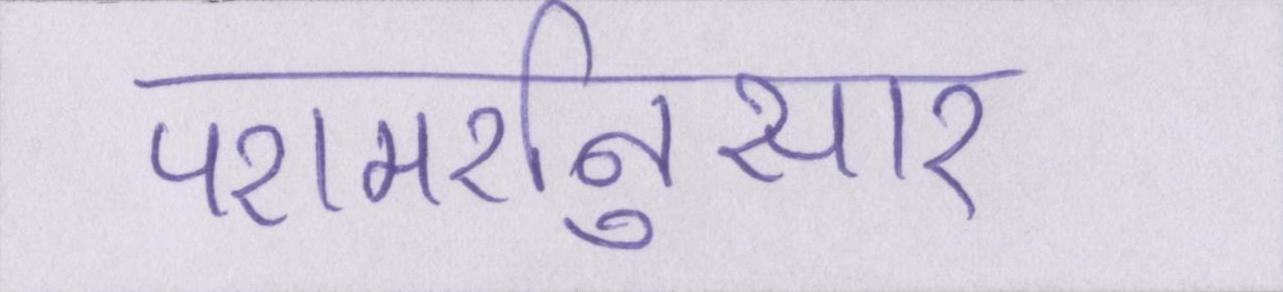
परामर्शनुसार